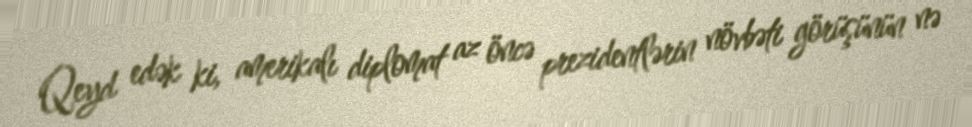
Qeyd edək ki, amerikalı diplomat az öncə prezidentlərin növbəti görüşünün nə